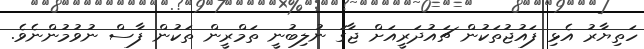
ހަތިޔާރު އެޅި ފައުޖުތަކުން ޗައުދަރީއަށް ޖާގަ ނުލިބުނީ ތަމްރީން ތަކުން ފާސް ނުވުމުންނެވެ.